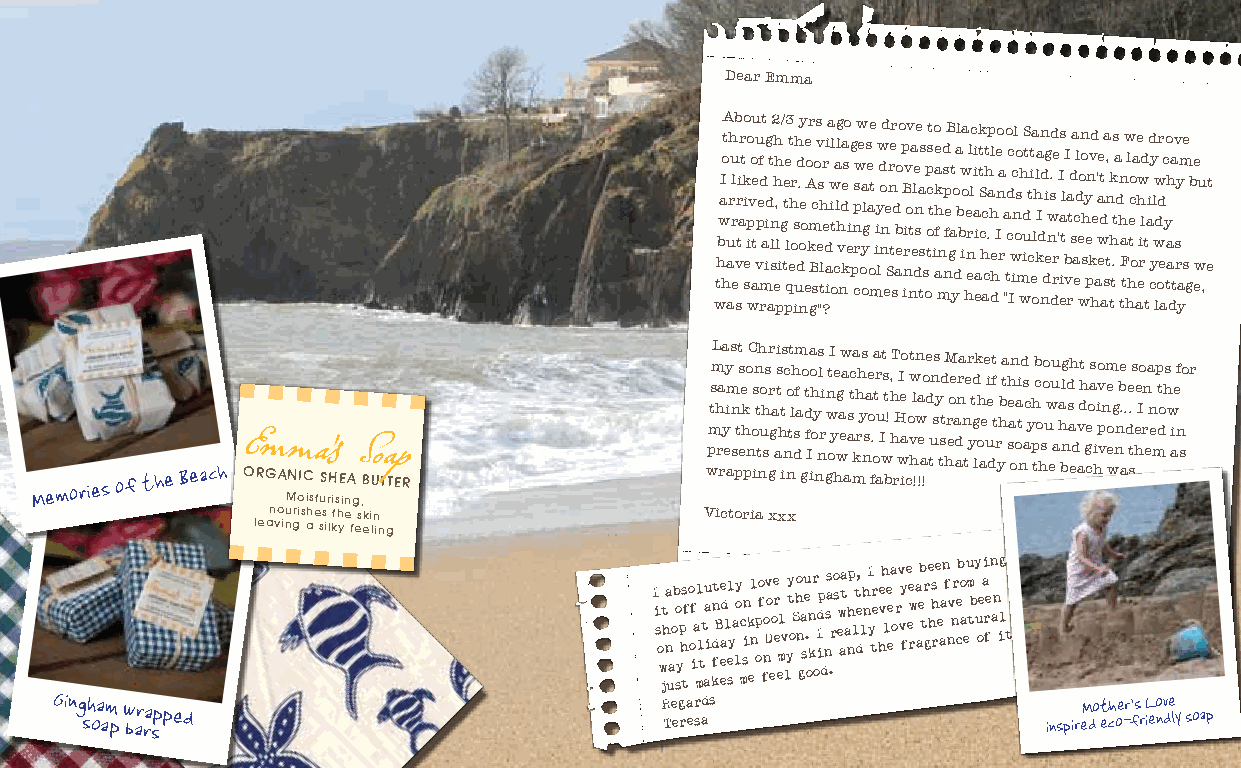
Dear Emma
 wthbwaI hotA u a a rh u r elb v stri a r t ko sei io p wvo atu eu vp ef d m rat iidg at sln2 h eh ,h pl i g / te t e pl3 qt e h or s ih u dd . o ny e o ee o A kr m gBc sos v es "h tlr ?e d ai ia w i otl ca lg l h v nd kea so ei g p n cps rww e o oa yl gs e a oe t m i iy lw d o nnd ee Snre tr sd abo e o p B inriv ov nta ele dn se a tss s op tocst t i o kae ah f mn d s np feB gat y o da l b b w ioa he nr el lc aii ei a k tt cS h ac cht .p a h del h Ie no ra a "to d c c Iw ic nl o o s m h wud i S t t cit e a olhl ka I d d nn dig ew n. s dd rre 'I e as i tl bI v a r td s a a ec dl eo wn o shy pen kvd he a' a we e dt asa , tn tk h t.s ta d hn ta F t w hl hteo c oa a e h ew i rld t t aid c y yl w lw d or d e ac yo tah a da t v s ry a ym e s gb e ewu , et
 Memories of the
 Beach
 ORGA MN oIC
 ist
 uS rH isE inA
 g
 ,BUTTER
 wpmtsmL h ra ra y ey i ams n s ptt s ee hk
 p
 o n C o isn t t nh uo h ss r gr g a a i ts ht is nc no tt lh dsfm a go t d f Ia io h o y ns nl ri
 g
 n wt oI y he wg a ew a
 a
 as tc ma k h rh ys nsa e o . foa t r au I wt s t b! , h hT
 r
 H wI e io a co vt w hl !n w !a e a !o e d tun ss y tst d hM r eoe a d anra n t e r y td g lk oh ae e ui e d t f t r y hbta h se a on oa ti nd s ac y ph tb c o hs oo uw euu a a h bnlg d s a eh d v adht g e coas i hio pv vn m e eo wg nnbe . a. d e . sts e he Io rn ea n e m p t dohs w i a e nf s o r
 lean vo inu gris ahe ss
 il
 kth ye
 f
 es eki ln
 ing
 Victoria xxx
 I i s o
 w
 jt h na
 ua
 ob so yp h ts f o of ia ml l tt au a i kdnt fB ee a ed l el sy a ly o c msn i k
 e
 l n p
 o
 o f fno Dv o eo re e el
 m
 v
 l
 yy t o S ho n ga su e . okn r oI idp
 d
 nsas .r o s ew ata a nh p lt d, e l h n I y tr e he vh le eea o rv vy f e ee rw a aeb tr g e hs rhe e aan f nv n r ceb ao e u m tb y u oeai r fen a n ig l t
 Ging sh oa am p w bar ra spped           R Te eg ra er sads       inspireM do et ch oe -r f’s r L ieo nv de ly soap